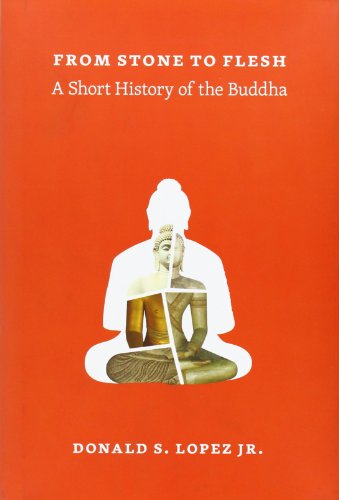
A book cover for From Stone to Flesh: A Short History of the Buddha (Buddhism and Modernity); Donald S. Lopez Jr.; Religion & Spirituality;